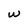
Character: w